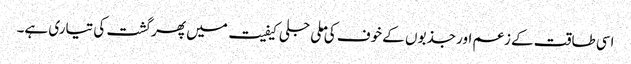
اسی طاقت کے زعم اور جذبوں کے خوف کی ملی جلی کیفیت میں پھر گشت کی تیاری ہے۔